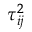
\tau _ { i j } ^ { 2 }